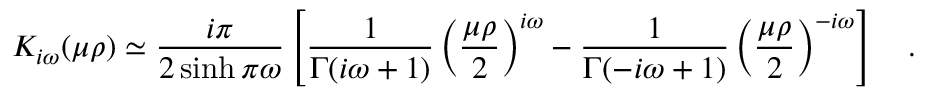
K _ { i \omega } ( \mu \rho ) \simeq { \frac { i \pi } { 2 \sinh \pi \omega } } \left[ { \frac { 1 } { \Gamma ( i \omega + 1 ) } } \left( { \frac { \mu \rho } { 2 } } \right) ^ { i \omega } - { \frac { 1 } { \Gamma ( - i \omega + 1 ) } } \left( { \frac { \mu \rho } { 2 } } \right) ^ { - i \omega } \right] ~ ~ ~ .